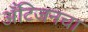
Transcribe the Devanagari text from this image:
अँटिजनचा